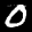
Label: 0